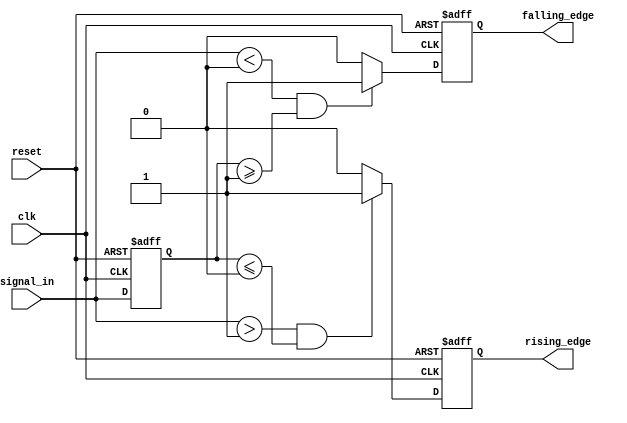
module SchmittTriggerEdgeDetector (
    input wire clk,             // Clock signal
    input wire reset,           // Asynchronous reset
    input wire signal_in,       // Input signal
    output reg rising_edge,     // Rising edge detected output
    output reg falling_edge      // Falling edge detected output
);

    // Threshold levels (these can be parameterized or set as constants)
    localparam Vth_high = 1'b1; // Upper threshold for high level
    localparam Vth_low  = 1'b0; // Lower threshold for low level

    reg prev_state;             // Stored previous state of the input signal

    // Asynchronous reset and state update on clock edge
    always @(posedge clk or posedge reset) begin
        if (reset) begin
            prev_state <= Vth_low; // Initialize previous state to low
            rising_edge <= 1'b0;    // Clear rising edge signal
            falling_edge <= 1'b0;   // Clear falling edge signal
        end else begin
            // Edge detection logic
            if (signal_in > Vth_high && prev_state <= Vth_low) begin
                rising_edge <= 1'b1;  // Rising edge detected
            end else begin
                rising_edge <= 1'b0;   // Clear rising edge signal
            end
            
            if (signal_in < Vth_low && prev_state >= Vth_high) begin
                falling_edge <= 1'b1;  // Falling edge detected
            end else begin
                falling_edge <= 1'b0;   // Clear falling edge signal
            end
            
            // Update previous state
            prev_state <= signal_in;   // Store the current input state
        end
    end

endmodule